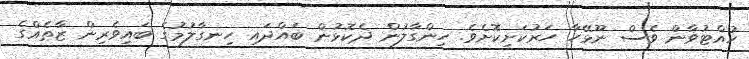
ހުއްޓުވާން ވެސް ނޫޅޭހާ ހަރުކަށިކޮށެވެ. ހިންގާލުން ދެކޮޅުން ބައްދައި ހިނގާލުމުގެ ބައިވެރިން ޒާތެއްގެ